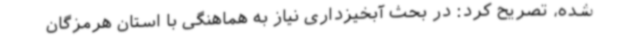
شده، تصریح کرد: در بحث آبخیزداری نیاز به هماهنگی با استان هرمزگان